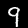
Digit: 9